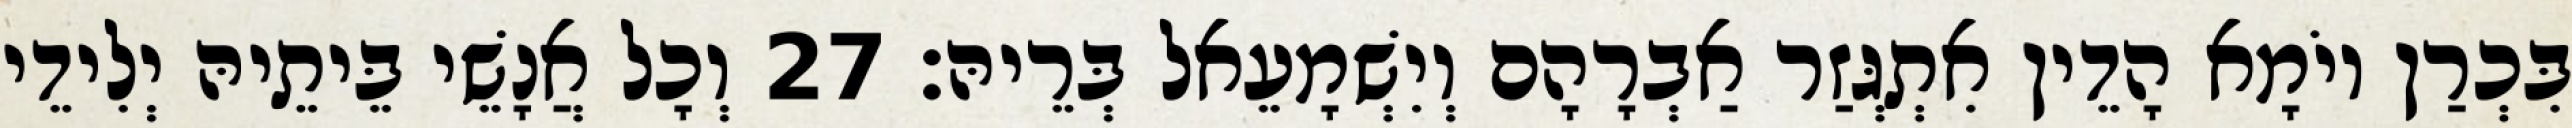
בִּכְרַן יוֹמָא הָדֵין אִתְגְּזַר אַבְרָהָם וְיִשְׁמָעֵאל בְּרֵיהּ׃ 27 וְכָל אֲנָשֵׁי בֵּיתֵיהּ יְלִידֵי